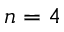
n = 4